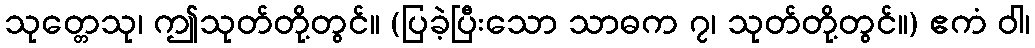
သုတ္တေသု၊ ဤသုတ်တို့တွင်။ (ပြခဲ့ပြီးသော သာဓက ၇၊ သုတ်တို့တွင်။) ဧကံ ဝါ၊